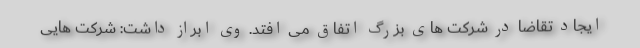
ایجاد تقاضا در شرکت های بزرگ اتفاق می افتد. وی ابراز داشت: شرکت هایی